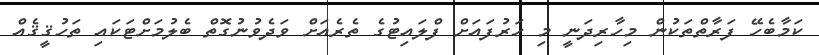
ކަމާބެހޭ ފަރާތްތަކުން މިހާރިދަނީ މި ހަރުފައަށް ފްލައިޓުގެ ތެރެއަށް ވަދެވުނުގޮތް ބެލުމަށްޓަކައި ތަހުޤީޤެއް